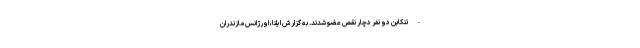
- تنکابن دو نفر دچار نقص عضو شدند. به گزارش ایلنا، اورژانس مازندران